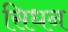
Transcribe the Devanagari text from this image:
सिधन